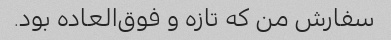
سفارش من که تازه و فوق‌العاده بود.